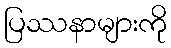
ပြဿနာများကို